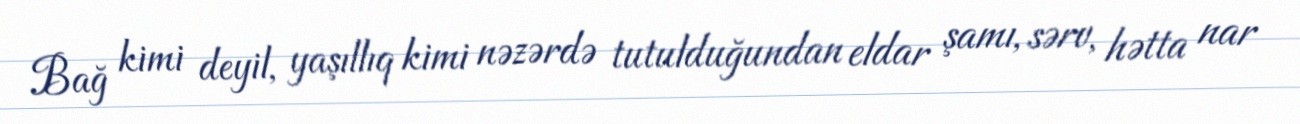
Bağ kimi deyil, yaşıllıq kimi nəzərdə tutulduğundan eldar şamı, sərv, hətta nar